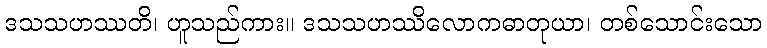
ဒသသဟဿတိ၊ ဟူသည်ကား။ ဒသသဟဿိလောကဓာတုယာ၊ တစ်သောင်းသော